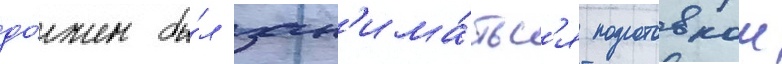
до́лжен бы́л зан'има́тьс'я подготовкои